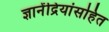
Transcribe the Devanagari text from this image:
ज्ञानेंद्रियांसहित